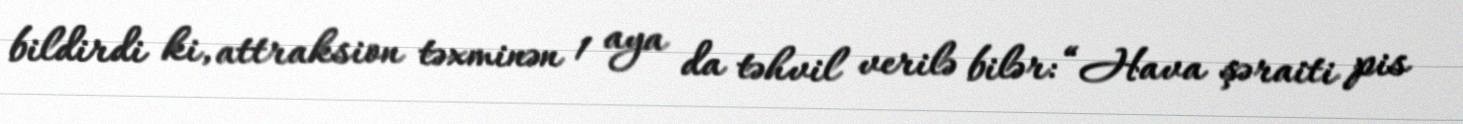
bildirdi ki, attraksion təxminən 1 aya da təhvil verilə bilər: “Hava şəraiti pis